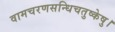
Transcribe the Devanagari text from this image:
वामचरणसन्धिचतुष्केषु।